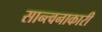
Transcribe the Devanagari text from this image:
सान्त्वनाकारी